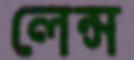
লেন্স